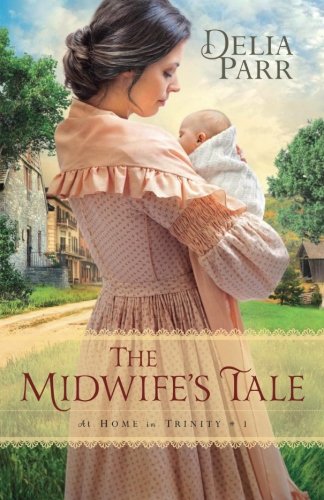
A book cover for The Midwife's Tale (At Home in Trinity); Delia Parr; Literature & Fiction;